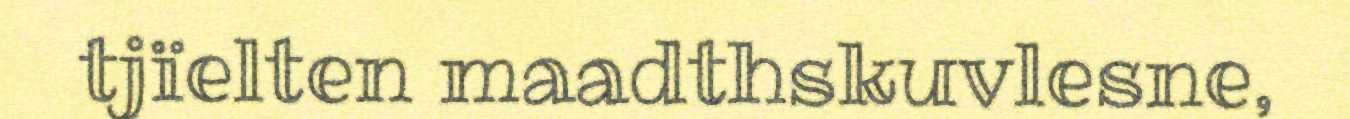
tjïelten maadthskuvlesne,